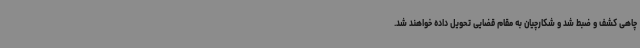
چاهی کشف و ضبط شد و شکارچیان به مقام قضایی تحویل داده خواهند شد.